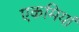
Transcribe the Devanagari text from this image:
एकमियां